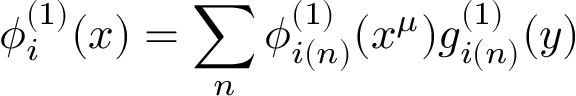
\phi _ { i } ^ { ( 1 ) } ( x ) = \sum _ { n } \phi _ { i ( n ) } ^ { ( 1 ) } ( x ^ { \mu } ) g _ { i ( n ) } ^ { ( 1 ) } ( y )